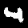
Digit: 4